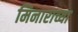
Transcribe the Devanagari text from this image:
मिनाराच्या